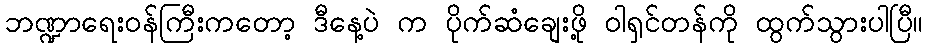
ဘဏ္ဍာရေးဝန်ကြီးကတော့ ဒီနေ့ပဲ က ပိုက်ဆံချေးဖို့ ဝါရှင်တန်ကို ထွက်သွားပါပြီ။